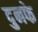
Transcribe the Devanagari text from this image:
दुनफे